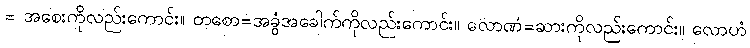
= အစေးကိုလည်းကောင်း။ တစော=အခွံအခေါက်ကိုလည်းကောင်း။ လောဏံ=ဆားကိုလည်းကောင်း။ လောဟံ